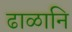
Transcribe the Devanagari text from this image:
ढाळानि